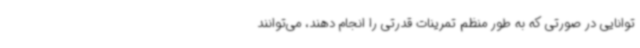
توانایی در صورتی که به طور منظم تمرینات قدرتی را انجام دهند، می‌توانند